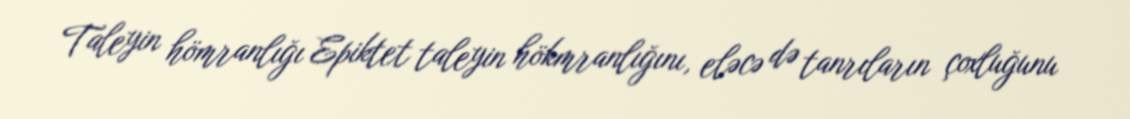
Taleyin hömranlığı Epiktet taleyin hökmranlığını, eləcə də tanrıların çoxluğunu